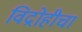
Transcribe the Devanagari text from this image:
विद्रोहीचा